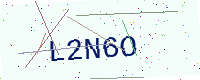
Text: L2N6O